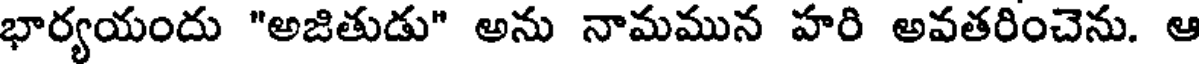
భార్యయందు "అజితుడు" అను నామమున హరి అవతరించెను. ఆ